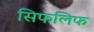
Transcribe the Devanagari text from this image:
सिफलिफ